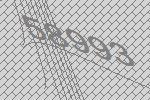
58993